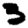
Digit: 3